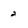
Character: 2